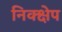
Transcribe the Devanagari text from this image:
निक्क्षेप